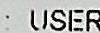
: USER